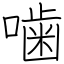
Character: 噛